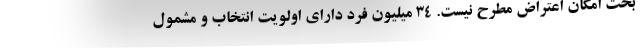
بحث امکان اعتراض مطرح نیست. ۳۴ میلیون فرد دارای اولویت انتخاب و مشمول